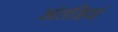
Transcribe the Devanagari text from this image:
अंतडियां